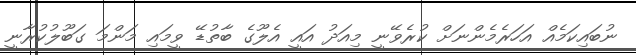
ނުބައިކަމެއް އަހަރެމެންނަށް ކުރެވޭނީ މިއަދު އައީ އެލޫގެ ބާތުޑޭ ވީމައި މަންމަ ގަބޫލުކުރާނީ